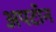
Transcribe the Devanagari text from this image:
अपटॉन